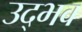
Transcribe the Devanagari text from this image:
उद्‍भव